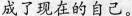
成了现在的自己。